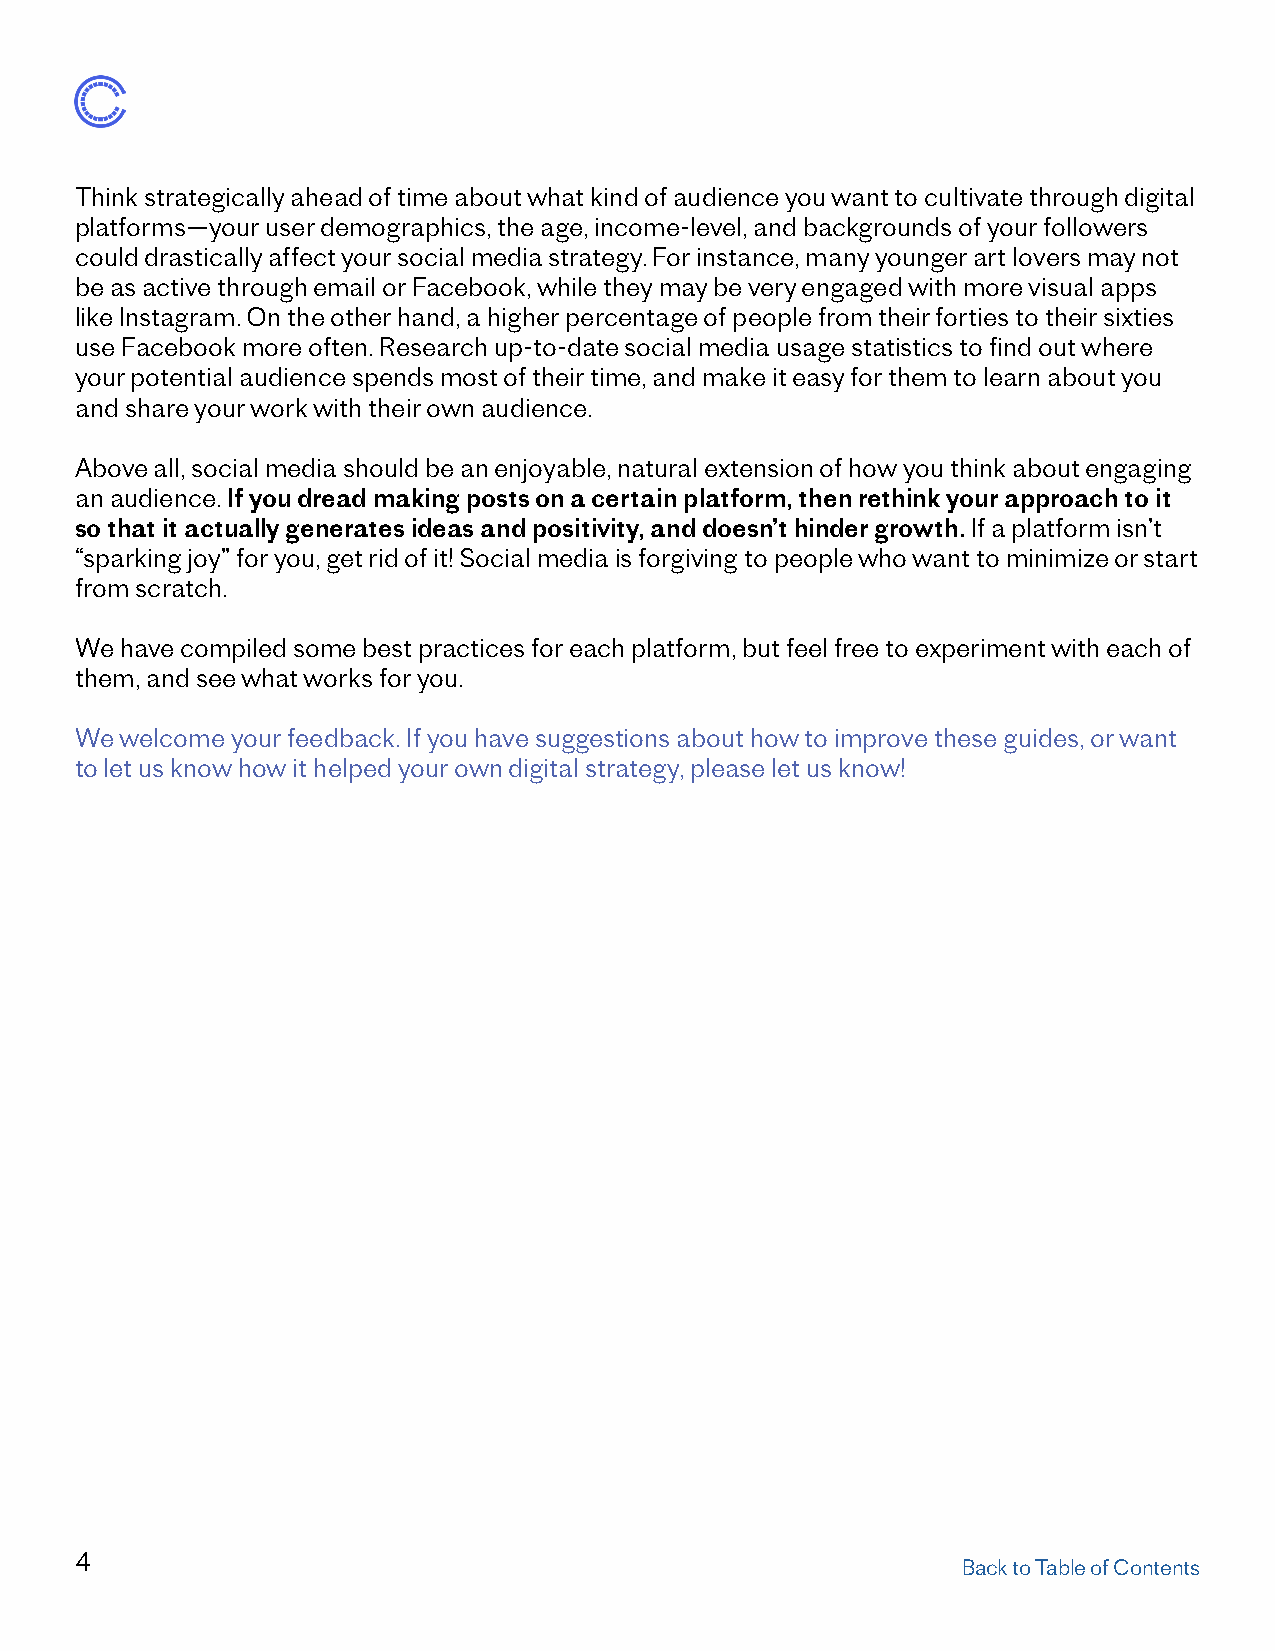
Think strategically ahead of time about what kind of audience you want to cultivate through digital
 platforms—your user demographics, the age, income-level, and backgrounds of your followers
 could drastically affect your social media strategy. For instance, many younger art lovers may not
 be as active through email or Facebook, while they may be very engaged with more visual apps
 like Instagram. On the other hand, a higher percentage of people from their forties to their sixties
 use Facebook more often. Research up-to-date social media usage statistics to find out where
 your potential audience spends most of their time, and make it easy for them to learn about you
 and share your work with their own audience.
 Above all, social media should be an enjoyable, natural extension of how you think about engaging
 an audience. If you dread making posts on a certain platform, then rethink your approach to it
 so that it actually generates ideas and positivity, and doesn’t hinder growth. If a platform isn’t
 “sparking joy” for you, get rid of it! Social media is forgiving to people who want to minimize or start
 from scratch.
 We have compiled some best practices for each platform, but feel free to experiment with each of
 them, and see what works for you.
 We welcome your feedback. If you have suggestions about how to improve these guides, or want
 to let us know how it helped your own digital strategy, please let us know!
 4
 Back to Table of Contents